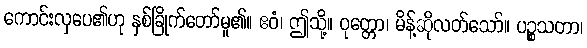
ကောင်းလှပေ၏ဟု နှစ်ခြိုက်တော်မူ၏။ ဧဝံ၊ ဤသို့။ ဝုတ္တော၊ မိန့်ဆိုလတ်သော်။ ပဉ္စသတာ၊